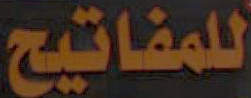
للمفاتيح